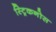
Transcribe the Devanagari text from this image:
स्ट्रिकनोस